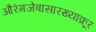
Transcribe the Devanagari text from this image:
औरंगजेबासारख्याक्रूर